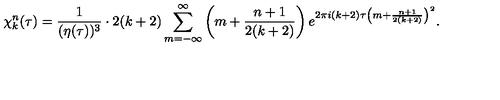
\chi _ { k } ^ { n } ( \tau ) = { \frac { 1 } { ( \eta ( \tau ) ) ^ { 3 } } } \cdot 2 ( k + 2 ) \sum _ { m = - \infty } ^ { \infty } \left( m + { \frac { n + 1 } { 2 ( k + 2 ) } } \right) e ^ { 2 \pi i ( k + 2 ) \tau \left( m + { \frac { n + 1 } { 2 ( k + 2 ) } } \right) ^ { 2 } } .